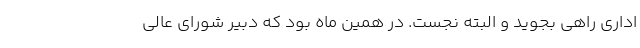
اداری راهی بجوید و البته نجُست. در همین ماه بود که دبیر شورای عالی